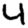
Digit: 4